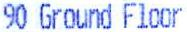
90 GROUND FLOOR